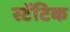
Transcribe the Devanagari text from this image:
स्टॅटिक